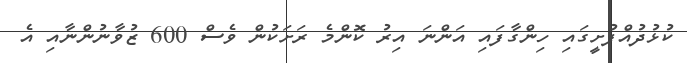
ކުޅުދުއްފުށީގައި ހިންގާފައި އަންނަ އިރު ކޮންމެ ރަށަކުން ވެސް 600 ޒުވާނުންނާއި އެ